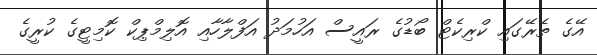
އޭގެ ތެރޭގައި ކްރިކެޓް ބޯޑުގެ ރައީސް އަހުމަދު އަފްލާހާއި އޮލިމްޕިކް ކޮމިޓީގެ ކުރީގެ